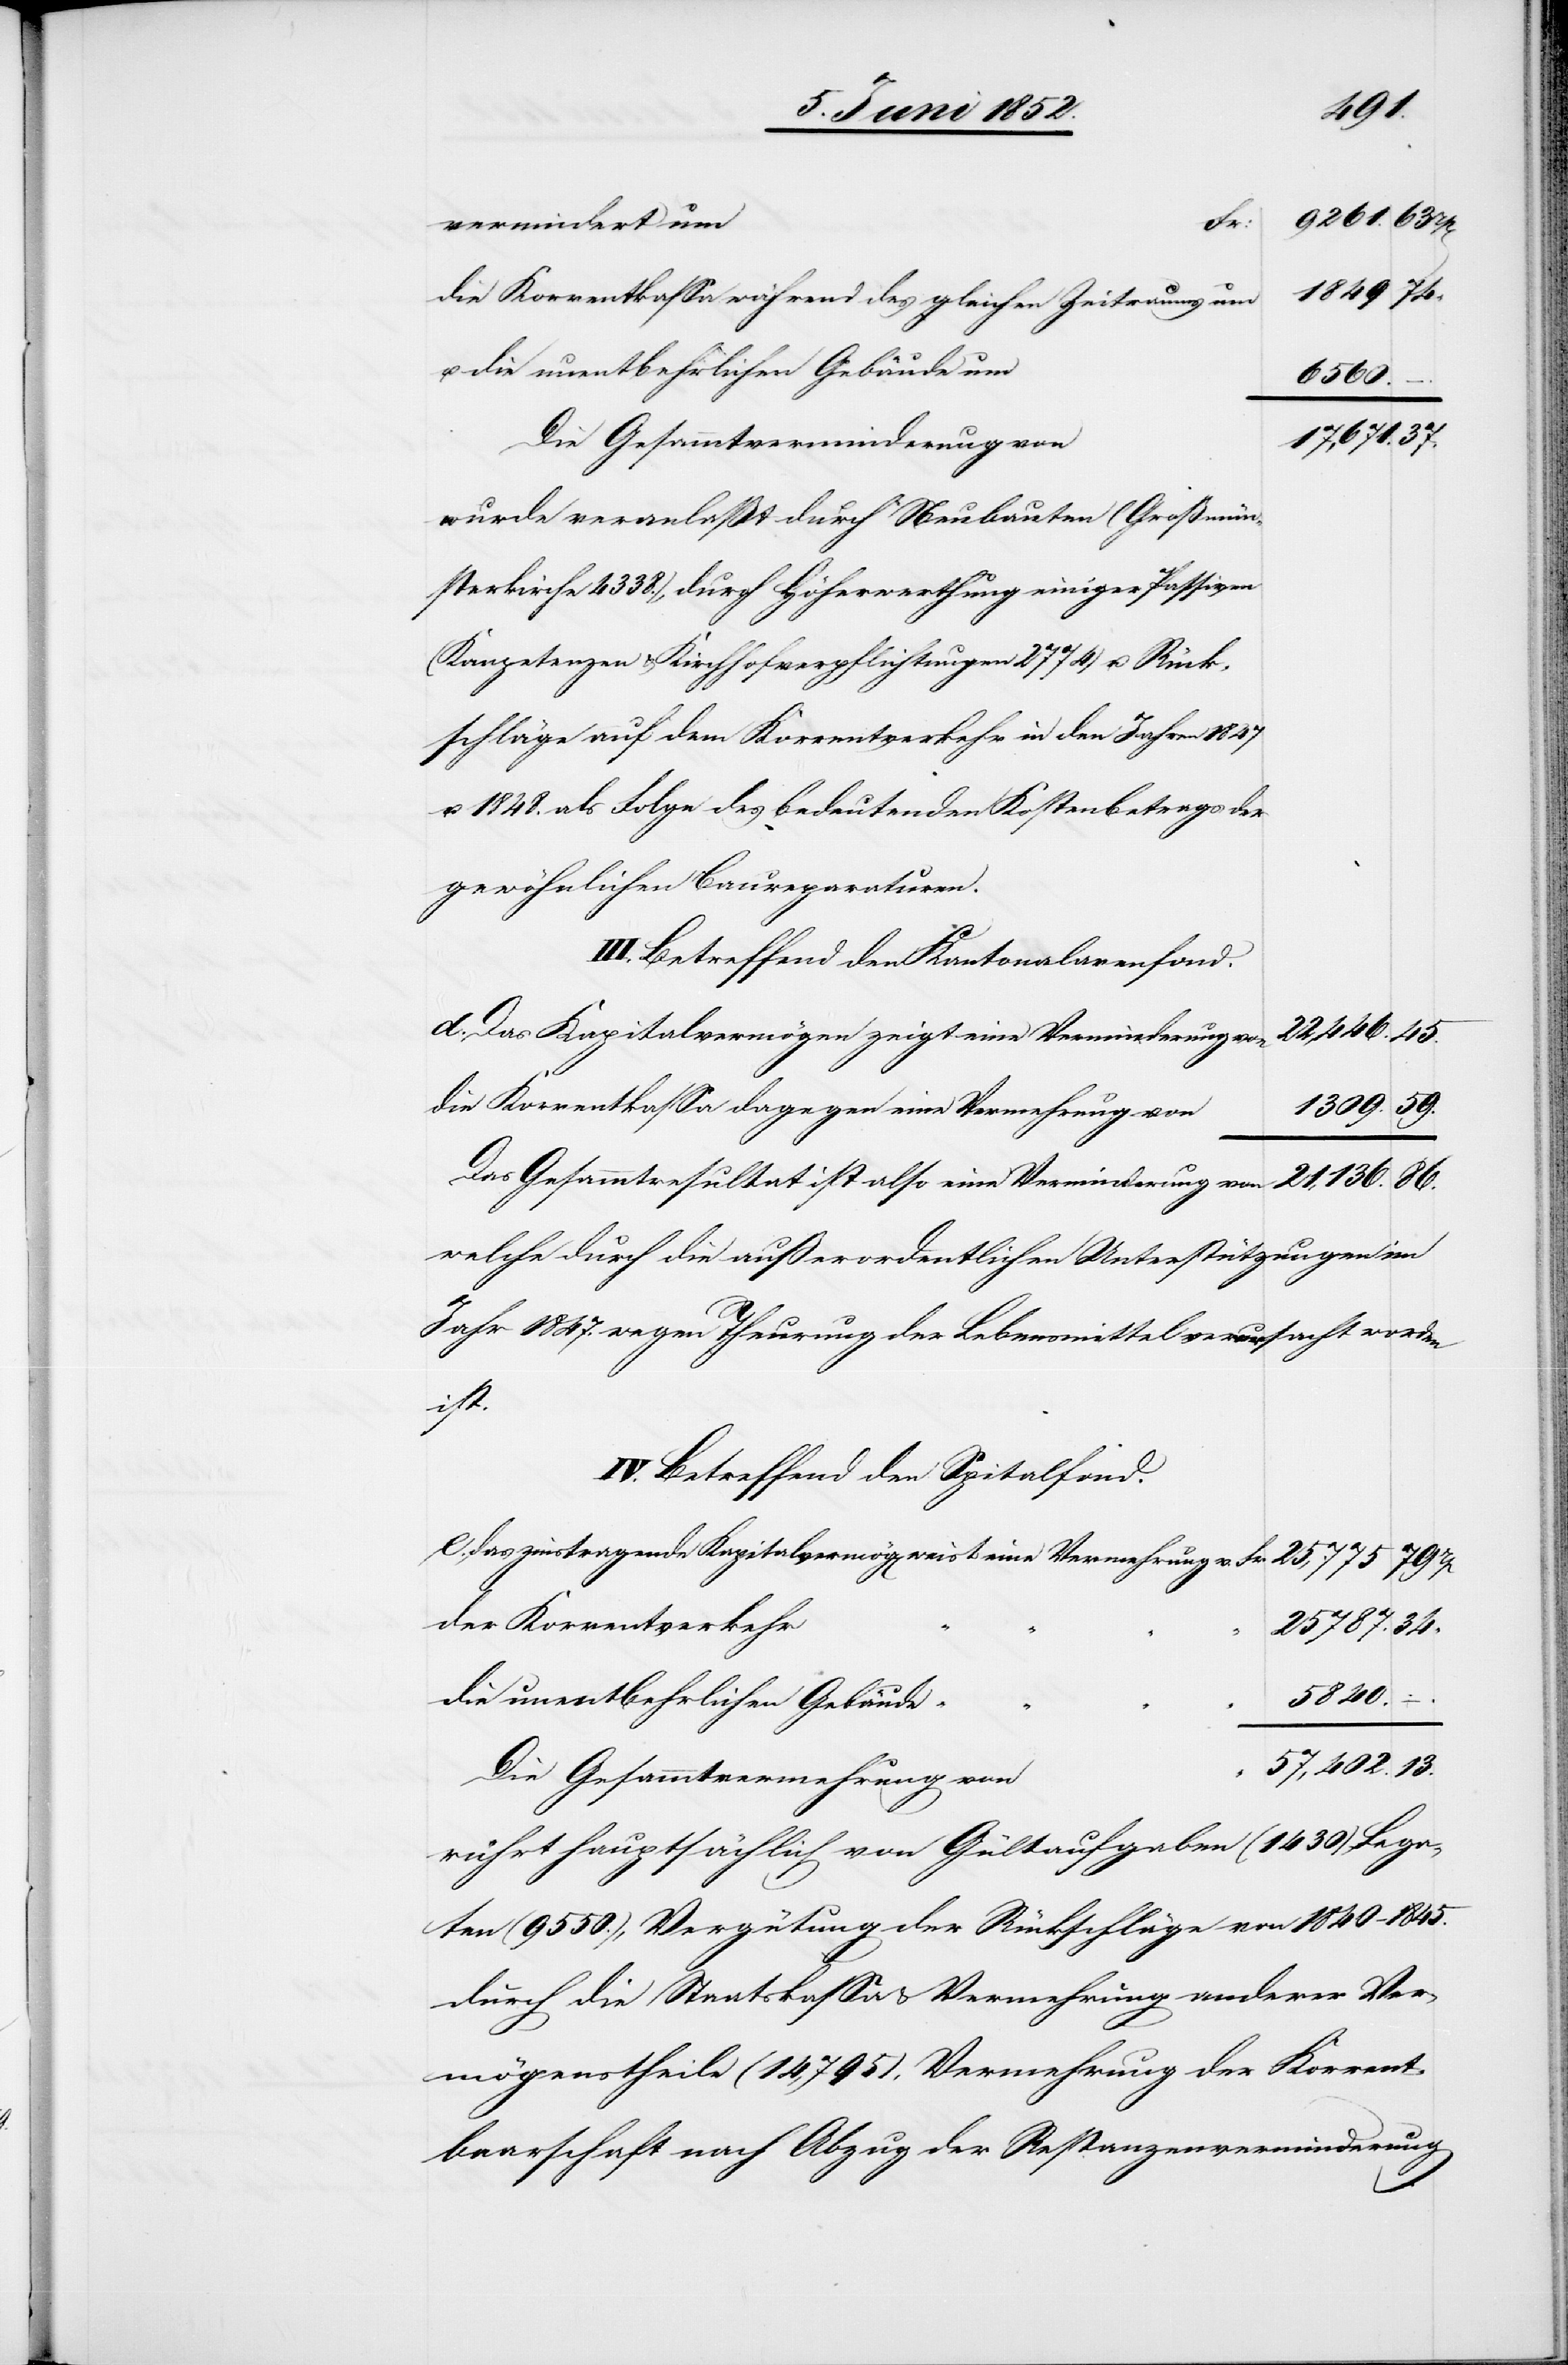
1849
Fr:
vermindert um
die Korrentkassa während des gleichen Zeitraums um
u. die unentbehrlichen Gebäude um
6560.
17,671.
Die Gesammtverminderung von
wurde veranlaßt durch Neubauten (Großmün¬
sterkirche 4338.), durch Höherwerthung einiger Passiven
(Kompetenzen & Kirchhofverpflichtungen 2774) u. Rück¬
schläge auf dem Korrentverkehr in den Jahren 1847
u. 1848. als Folge des bedeutenden Kostenbetrags der
gewöhnlichen Baureparaturen.
III. Betreffend den Kantonalar[m]enfond.
d. Das Kapitalvermögen zeigt eine Verminderung von
22,446.
die Korrentkassa dagegen eine Vermehrung von
Das Gesammtresultat ist also eine Verminderung von
welche durch die außerordentlichen Unterstützungen im
Jahr 1847. wegen Theurung der Lebensmittel verursacht worden
ist.
IV. Betreffend den Spitalfond.
das zinstragende Kapitalvermög[en] weist eine Vermehrung v.
13.
der Korrentverkehr
25 787.
“
57,402.
die unentbehrlichen Gebäude
Die Gesammtvermehrung von
rührt hauptsächlich von Gültaufgaben (1430) Lega¬
ten (9550.), Vergütung der Rückschläge von 1840–1845.
durch die Staatskassa & Vermehrung anderer Ver¬
mögenstheile (14,795), Vermehrung der Korrent¬
baarschaft nach Abzug der Restanzenverminderung